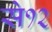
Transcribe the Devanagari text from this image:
से१२